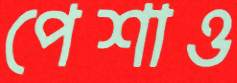
পেশাও